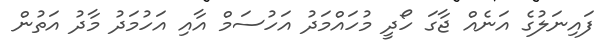
ފައިނަލުގެ އަނެއް ޖާގަ ހޯދީ މުހައްމަދު އަހުސަމް އާއި އަހުމަދު މާދު އަތުން